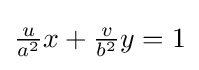
{\tfrac {u}{a^{2}}}x+{\tfrac {v}{b^{2}}}y=1